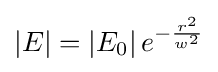
\left|E\right|=\left|E_{0}\right|e^{-{\frac {r^{2}}{w^{2}}}}